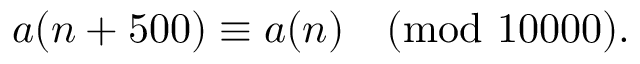
a ( n + 5 0 0 ) \equiv a ( n ) { \pmod { 1 0 0 0 0 } } .